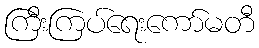
ကြီးကြပ်ရေးကော်မတီ